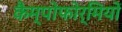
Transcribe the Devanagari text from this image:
कैम्पोफोर्मियों